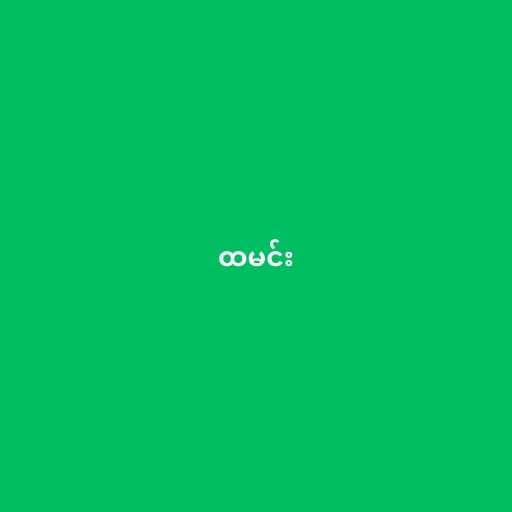
ထမင်း